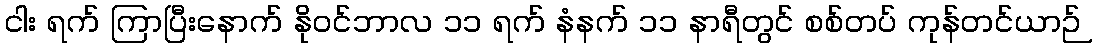
ငါး ရက် ကြာပြီးနောက် နိုဝင်ဘာလ ၁၁ ရက် နံနက် ၁၁ နာရီတွင် စစ်တပ် ကုန်တင်ယာဉ်